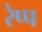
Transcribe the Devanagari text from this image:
रेप्प